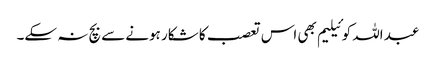
عبد اللہ کوئیلیم بھی اس تعصب کا شکار ہونے سے بچ نہ سکے۔